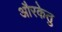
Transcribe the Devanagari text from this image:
औरकेतु